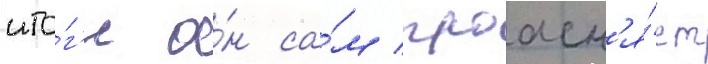
ито́г'е о́н са́м проасн'я́ет